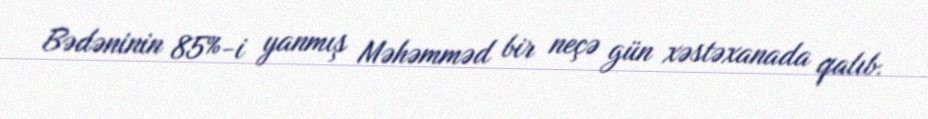
Bədəninin 85%-i yanmış Məhəmməd bir neçə gün xəstəxanada qalıb.